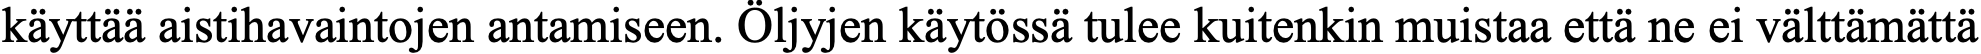
käyttää aistihavaintojen antamiseen. Öljyjen käytössä tulee kuitenkin muistaa että ne ei välttämättä